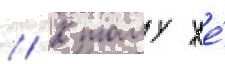
// К тому же́